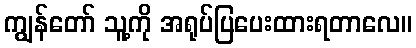
ကျွန်တော် သူ့ကို အရုပ်ပြပေးထားရတာလေ။